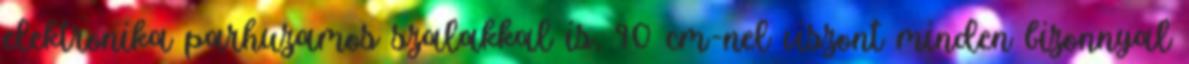
elektronika parhuzamos szalakkal is, 90 cm-nel viszont minden bizonnyal